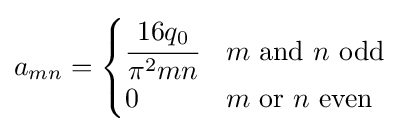
a_{mn}={\begin{cases}{\cfrac {16q_{0}}{\pi ^{2}mn}}&m~{\text{and}}~n~{\text{odd}}\\0&m~{\text{or}}~n~{\text{even}}\end{cases}}